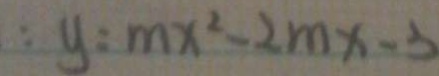
: y : m x ^ { 2 } - 2 m x - 3